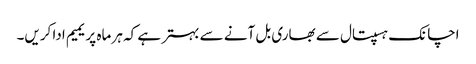
اچانک ہسپتال سے بھاری بل آنے سے بہتر ہے کہ ہر ماہ پریمیم ادا کریں۔